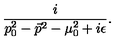
\frac { i } { p _ { 0 } ^ { 2 } - \vec { p } ^ { 2 } - \mu _ { 0 } ^ { 2 } + i \epsilon } .